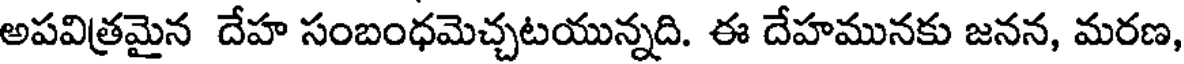
అపవిత్రమైన దేహ సంబంధమెచ్చటయున్నది. ఈ దేహమునకు జనన, మరణ,